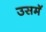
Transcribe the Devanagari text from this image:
उसमॅ